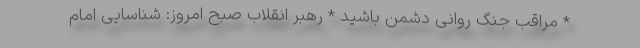
* مراقب جنگ روانی دشمن باشید * رهبر انقلاب صبح امروز: شناسایی امام